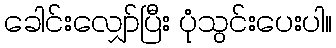
ခေါင်းလျှော်ပြီး ပုံသွင်းပေးပါ။